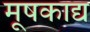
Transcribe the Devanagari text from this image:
मूषकाद्य